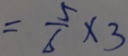
= \frac { 5 } { 6 } \times 3